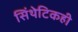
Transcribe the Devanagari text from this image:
सिंथेटिकही